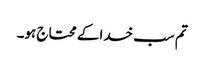
تم سب خدا کے محتاج ہو۔